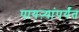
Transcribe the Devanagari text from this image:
पायऱ्यांपर्यंत